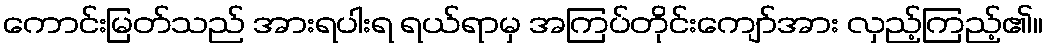
ကောင်းမြတ်သည် အားရပါးရ ရယ်ရာမှ အကြပ်တိုင်းကျော်အား လှည့်ကြည့်၏။